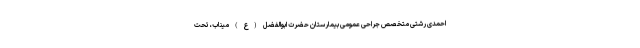
احمدی رشتی متخصص جراحی عمومی بیمارستان حضرت ابوالفضل (ع) میناب، تحت